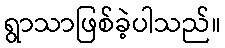
ရွာသာဖြစ်ခဲ့ပါသည်။